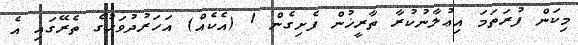
މިކަން ފުރަތަމަ އިޢުލާނުކުރާ ތާރީޚުން ފެށިގެން 1 (އެކެއް) އަހަރުދުވަހުގެ ތެރޭގައި އެ